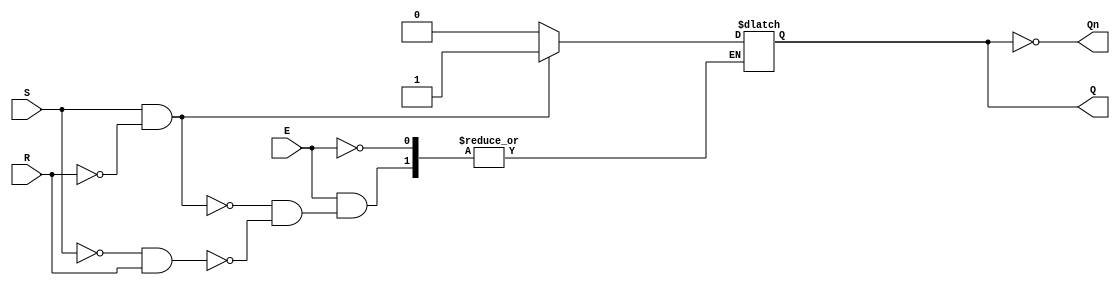
module gated_sr_latch (
    input wire S,       // Set input
    input wire R,       // Reset input
    input wire E,       // Enable input
    output reg Q,       // Output Q
    output wire Qn      // Complementary output Q
);

    assign Qn = ~Q; // Complement of Q

    always @(E or S or R) begin
        if (E) begin // If Enable is high
            if (S && ~R) begin
                Q <= 1'b1; // Set Q to 1
            end else if (~S && R) begin
                Q <= 1'b0; // Reset Q to 0
            end else if (~S && ~R) begin
                // Maintain current state (do nothing)
            end else if (S && R) begin
                // Invalid condition (typically ignored)
                // Q remains unchanged
            end
        end
        // If E is low, retain the current state of Q
    end

endmodule